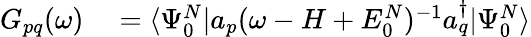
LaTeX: \begin{array}{rl}{G_{pq}(\omega)}&{{}=\langle\Psi_{0}^{N}|a_{p}(\omega-H+E_{0}^{N})^{-1}a_{q}^{\dagger}|\Psi_{0}^{N}\rangle}\end{array}